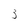
Character: 3